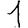
Digit: 1